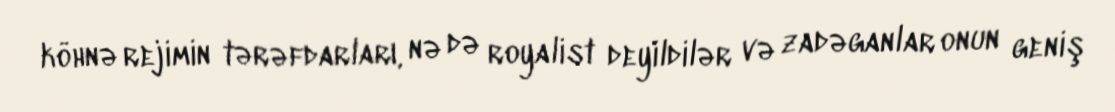
köhnə rejimin tərəfdarları, nə də royalist deyildilər və zadəganlar onun geniş